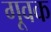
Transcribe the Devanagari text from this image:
गूवक